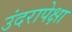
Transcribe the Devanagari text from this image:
उंदरापेक्षा